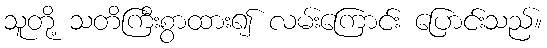
သူတို့ သတိကြီးစွာထား၍ လမ်းကြောင်း ပြောင်းသည်။